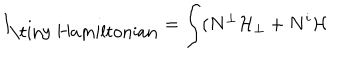
I _ { \mathrm { \tiny ~ H a m i l t o n i a n } } = \int ( N ^ { \bot } \mathcal { H } _ { \bot } + N ^ { i } \mathcal { H }